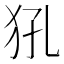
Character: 犼